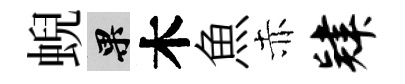
蜺果木魚赤肄